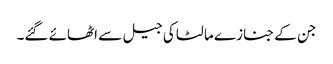
جن کے جنازے مالٹا کی جیل سے اٹھائے گئے۔